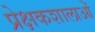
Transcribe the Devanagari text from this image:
प्रेक्षकशालाओं